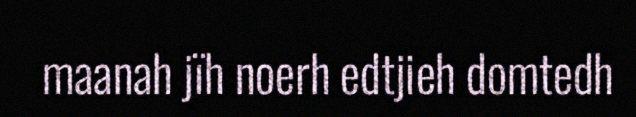
maanah jïh noerh edtjieh domtedh